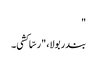
"
بندر بولا، "رسّا کشی۔